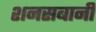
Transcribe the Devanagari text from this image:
शनसबानी